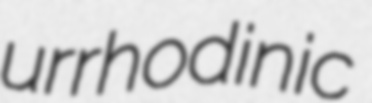
urrhodinic